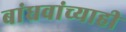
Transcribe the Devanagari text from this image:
बांधवांच्याही